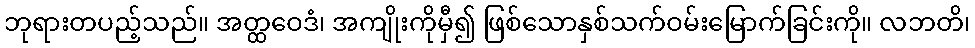
ဘုရားတပည့်သည်။ အတ္ထဝေဒံ၊ အကျိုးကိုမှီ၍ ဖြစ်သောနှစ်သက်ဝမ်းမြောက်ခြင်းကို။ လဘတိ၊